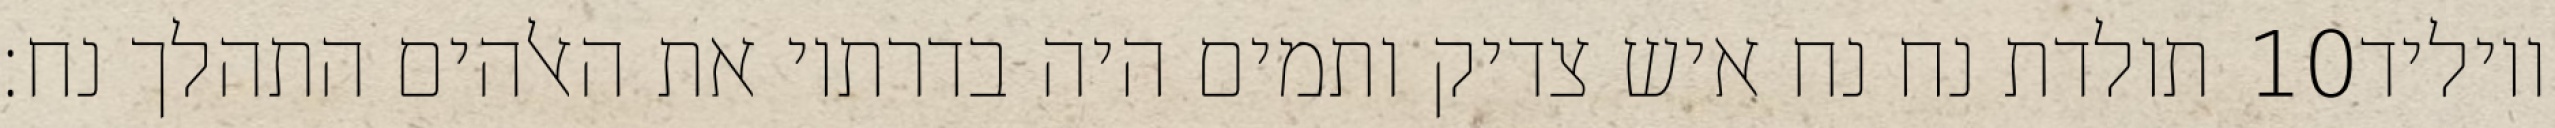
תולדת נח נח איש צדיק ותמים היה בדרתיו את האלהים התהלך נח׃ ‎10‏ ויוליד